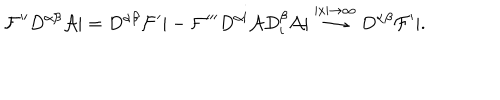
{ \cal F } ^ { \prime \prime } D ^ { \alpha \beta } { \cal A } | = D ^ { \alpha \beta } { \cal F } ^ { \prime } | - { \cal F } ^ { \prime \prime \prime } D ^ { \alpha { \mathbf i } } { \cal A } D _ { \mathbf i } ^ { \beta } { \cal A } | \stackrel { | x | \to \infty } { \longrightarrow } D ^ { \alpha \beta } { \cal F } ^ { \prime } | .